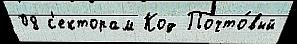
08 с'екторам Код Почто́вый